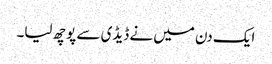
ایک دن میں نے ڈیڈی سے پوچھ لیا۔